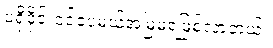
ပရိုဖိုင်းဝင်ပေမယ့်အမြဲမရဖြစ်လာတယ်။